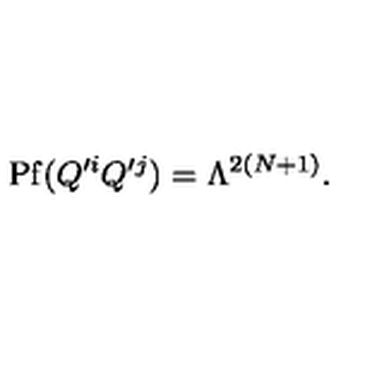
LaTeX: \mathrm { P f } ( Q ^ { \prime i } Q ^ { \prime j } ) = \Lambda ^ { 2 ( N + 1 ) } .